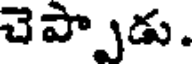
చెప్పాడు.